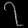
Digit: ၇